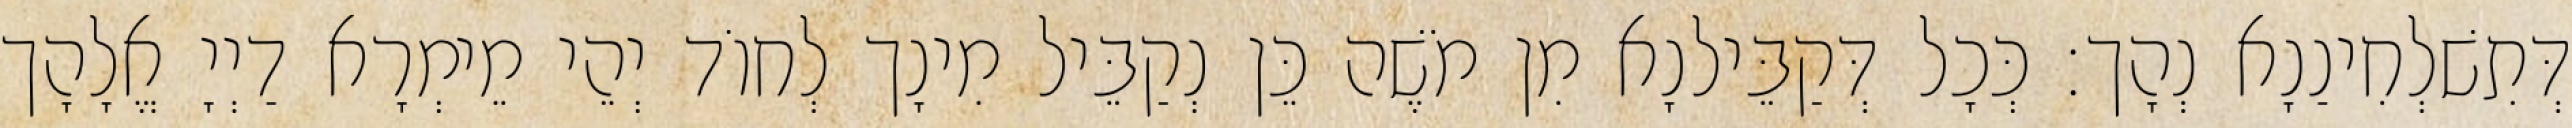
דְּתִשׁלְחִינַנָא נְהָך׃ כְּכָל דְּקַבֵּילנָא מִן מֹשֶׁה כֵּן נְקַבֵּיל מִינָך לְחוֹד יְהֵי מֵימְרָא דַיְיָ אֱלָהָך